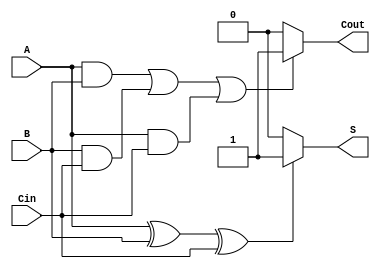
module FullAdder (
    input A,
    input B,
    input Cin,
    output S,
    output Cout
);

reg S, Cout;

always @* begin
    if (A ^ B ^ Cin) begin
        S = 1;
    end else begin
        S = 0;
    end
    
    if ((A & B) || (B & Cin) || (A & Cin)) begin
        Cout = 1; 
    end else begin
        Cout = 0;
    end
end

endmodule